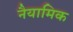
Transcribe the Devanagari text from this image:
नैयामिक